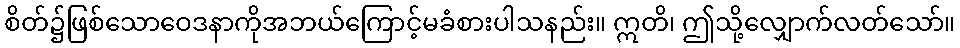
စိတ်၌ဖြစ်သောဝေဒနာကိုအဘယ်ကြောင့်မခံစားပါသနည်း။ ဣတိ၊ ဤသို့လျှောက်လတ်သော်။